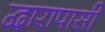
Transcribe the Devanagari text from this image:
द्वारापासी